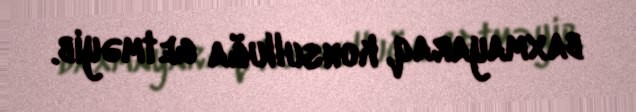
baxmayaraq, konsulluğa getməyib.